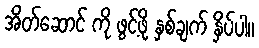
အိတ်ဆောင် ကို ဖွင့်ဖို့ နှစ်ချက် နှိပ်ပါ။